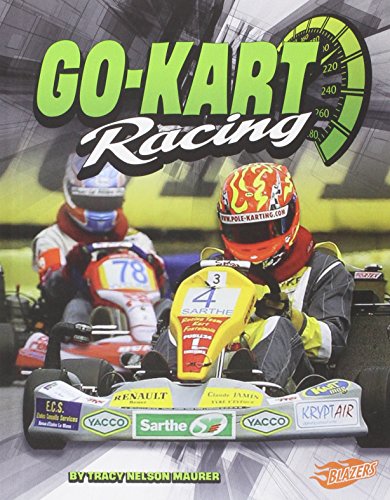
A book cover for Go-Kart Racing (Super Speed); Tracy Nelson Maurer; Children's Books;